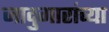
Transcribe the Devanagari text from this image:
जादुगारांच्या